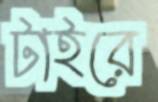
টাইরে